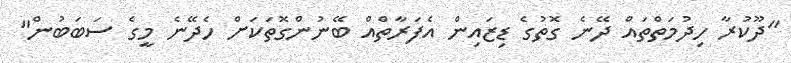
"ދޫކުރާ ހިދުމަތްތައް ދޭނެ ގޮތުގެ ޑިޒައިން އެފަރާތްއް ބޭނުންގޮތަކަށް ހެދޭނެ މީގެ ސަބަބުން"